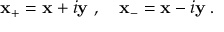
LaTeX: { \bf x _ { + } } = { \bf x } + i { \bf y } ~ , ~ ~ ~ { \bf x _ { - } } = { \bf x } - i { \bf y } \; .